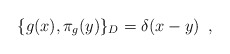
\begin{align*}\{g (x), \pi _g (y) \}_D= \delta (x-y)\,\,\, , \end{align*}